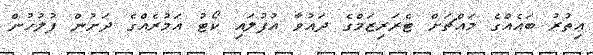
އިތުރު ބައެއްގެ މައްޗަށް ޓެރަރިޒަމްގެ ދައުވާ އުފުލައި ކޯޓު އަމުރެއްގެ ދަށުން ފުލުހުން